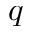
q